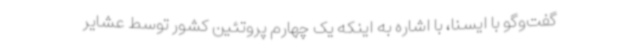
گفت‌وگو با ایسنا، با اشاره به اینکه یک چهارم پروتئین کشور توسط عشایر